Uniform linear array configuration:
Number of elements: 24
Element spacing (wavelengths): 0.75
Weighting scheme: kaiser
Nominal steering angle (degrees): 0
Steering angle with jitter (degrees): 1.624
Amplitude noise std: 0.05
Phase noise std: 0.05

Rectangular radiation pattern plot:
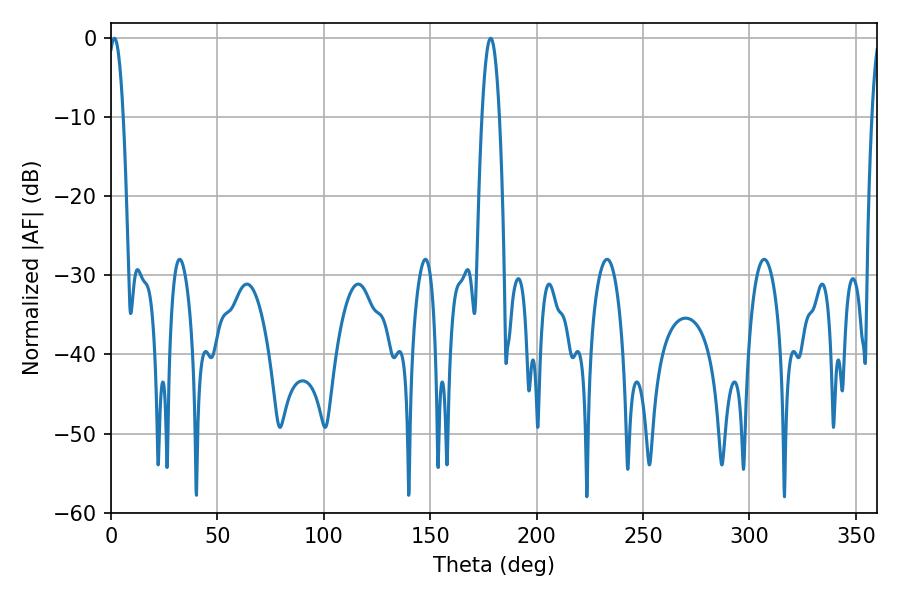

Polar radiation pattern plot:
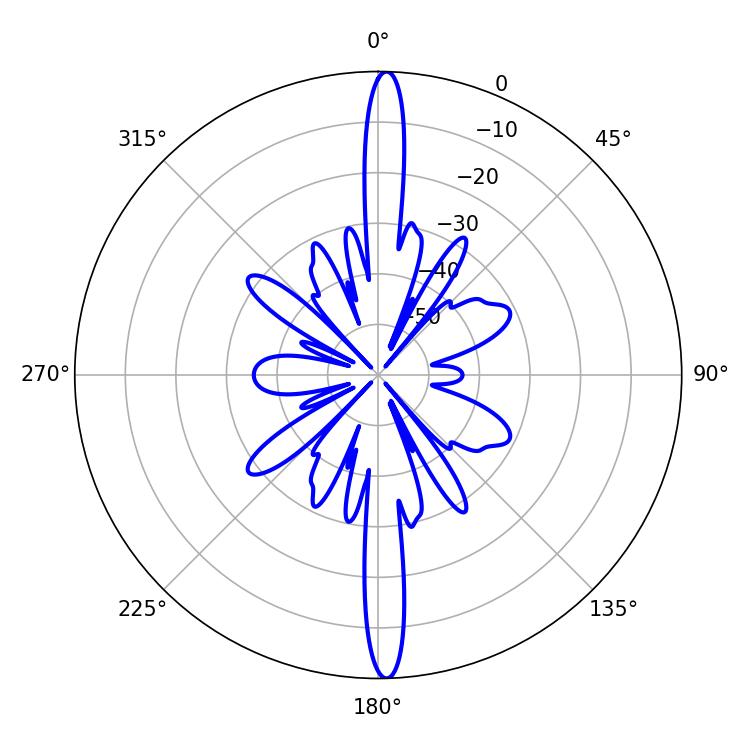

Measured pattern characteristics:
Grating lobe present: TRUE
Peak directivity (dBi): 26.178
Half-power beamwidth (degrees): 3.78
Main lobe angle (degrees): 1.62